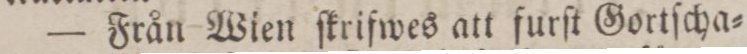
— Från Wien ſkrifwes att furſt Gortſcha=